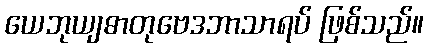
ယေဘုယျဓာတုဗေဒဘာသာရပ် ဖြစ်သည်။